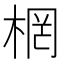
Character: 棢